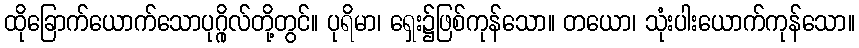
ထိုခြောက်ယောက်သောပုဂ္ဂိုလ်တို့တွင်။ ပုရိမာ၊ ရှေး၌ဖြစ်ကုန်သော။ တယော၊ သုံးပါးယောက်ကုန်သော။